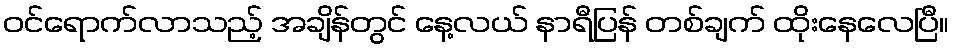
ဝင်ရောက်လာသည့် အချိန်တွင် နေ့လယ် နာရီပြန် တစ်ချက် ထိုးနေလေပြီ။